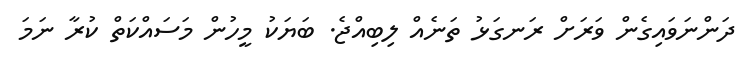
ދަންނަވައިގެން ވަރަށް ރަނގަޅު ތަނެއް ލިބިއްޖެ. ބަޔަކު މީހުން މަސައްކަތް ކުރާ ނަމަ